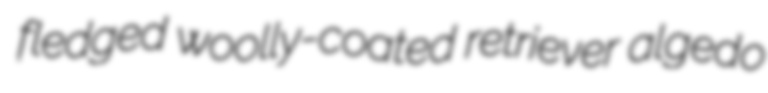
fledged woolly-coated retriever algedo